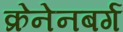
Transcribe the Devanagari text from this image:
क्रेनेनबर्ग